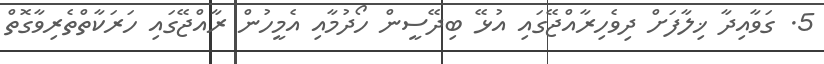
5. ގަވާއިދާ ޚިލާފަށް ދިވެހިރާއްޖޭގައި އުޅޭ ބިދޭސީން ހޯދުމާއި އެމީހުން ރާއްޖޭގައި ހަރަކާތްތެރިވާގޮތް